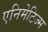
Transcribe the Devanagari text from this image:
एनिमेटिज्म